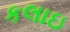
કલાઇ